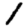
Digit: 1